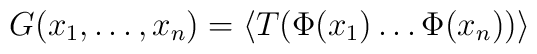
G(x_1,\dots,x_n)=\langle T(\Phi(x_1)\dots\Phi(x_n))\rangle